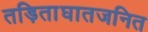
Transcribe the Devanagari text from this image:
तड़िताघातजनित